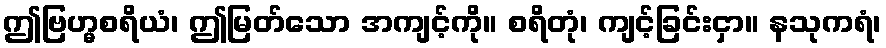
ဤဗြဟ္မစရိယံ၊ ဤမြတ်သော အကျင့်ကို။ စရိတုံ၊ ကျင့်ခြင်းငှာ။ နသုကရံ၊